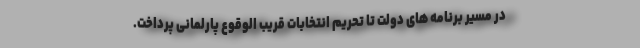
در مسیر برنامه های دولت تا تحریم انتخابات قریب الوقوع پارلمانی پرداخت.